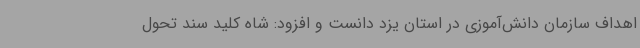
اهداف سازمان دانش‌آموزی در استان یزد دانست و افزود: شاه کلید سند تحول